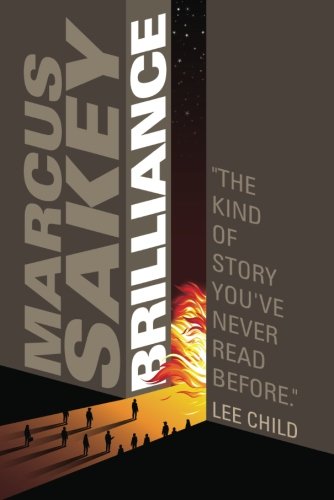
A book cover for Brilliance (The Brilliance Trilogy); Marcus Sakey; Mystery, Thriller & Suspense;